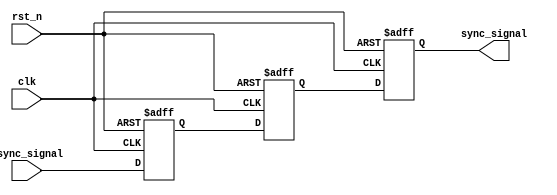
module metastability_filter (
    input wire clk,            // Clock signal of the receiving domain
    input wire rst_n,         // Active low reset signal
    input wire async_signal,   // Asynchronous input signal
    output reg sync_signal     // Synchronized output signal
);

    // Internal signals for the dual flip-flop synchronizer
    reg ff1, ff2;

    // Dual flip-flop synchronizer
    always @(posedge clk or negedge rst_n) begin
        if (!rst_n) begin
            ff1 <= 1'b0;      // Initialize first flip-flop to 0 on reset
            ff2 <= 1'b0;      // Initialize second flip-flop to 0 on reset
            sync_signal <= 1'b0; // Initialize output to 0 on reset
        end else begin
            ff1 <= async_signal; // Sample the asynchronous signal
            ff2 <= ff1;          // Sample the output of the first flip-flop
            sync_signal <= ff2;  // Output the result of the second flip-flop
        end
    end

endmodule